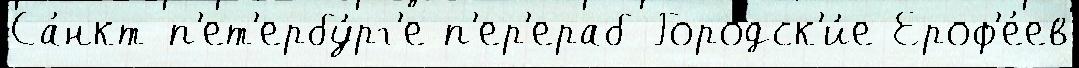
Са́нкт-п'ет'ербу́рг'е п'ер'ераб Городск'и́е Ероф'е́ев